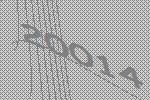
20014